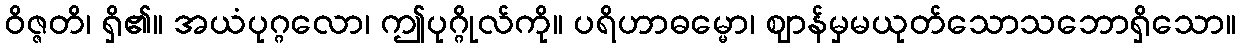
ဝိဇ္ဇတိ၊ ရှိ၏။ အယံပုဂ္ဂလော၊ ဤပုဂ္ဂိုလ်ကို။ ပရိဟာဓမ္မော၊ ဈာန်မှမယုတ်သောသဘောရှိသော။